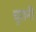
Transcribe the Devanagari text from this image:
चुरानी